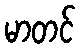
မာတင်